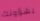
بشؤونك